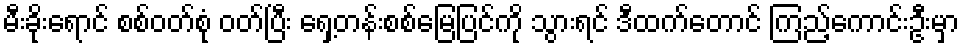
မီးခိုးရောင် စစ်ဝတ်စုံ ဝတ်ပြီး ရှေ့တန်းစစ်မြေပြင်ကို သွားရင် ဒီထက်တောင် ကြည့်ကောင်းဦးမှာ